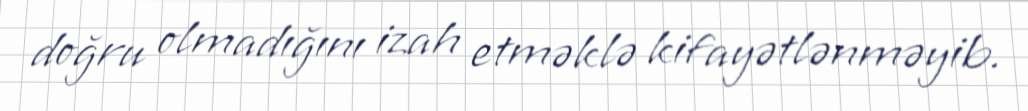
doğru olmadığını izah etməklə kifayətlənməyib.